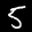
Label: 5